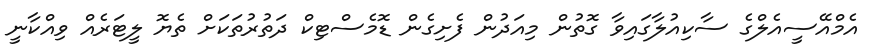
އެމްއޭސީއެލްގެ ސާކިއުލާގައިވާ ގޮތުން މިއަދުން ފެށިގެން ޑޮމެސްޓިކް ދަތުރުތަކަށް ތެޔޮ ލީޓަރެއް ވިއްކާނީ